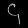
Digit: ၄